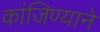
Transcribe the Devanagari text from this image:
कांजिण्याने